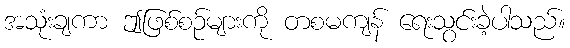
အသုံးချကာ ဤဖြစ်စဉ်များကို တစမကျန် ရေးသွင်းခဲ့ပါသည်။